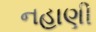
નહાણી